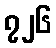
၇၂၆